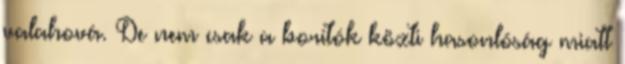
valahová. De nem csak a borítók közti hasonlóság miatt